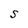
Character: S